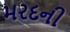
મરદની